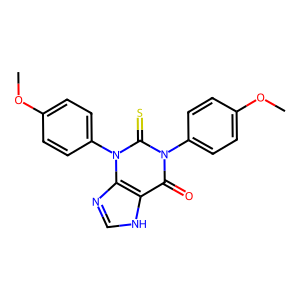
SMILES: COc1ccc(-n2c(=O)c3[nH]cnc3n(-c3ccc(OC)cc3)c2=S)cc1
Inhibits HIV replication: No